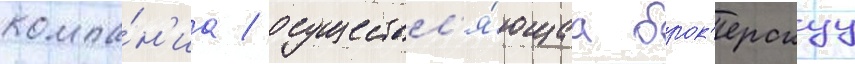
компа́н'иа / осуществл'я́ющаа брок'ерскуу